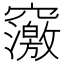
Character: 𥨿